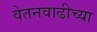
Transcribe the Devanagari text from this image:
वेतनवाढीच्या